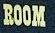
room